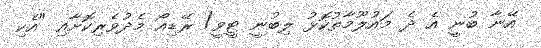
އޭނާ ބުނީ އެ ދެ މައުލޫމާތުކޮޅު ލިބުނީ ޓީވީ/ ރޭޑިއޯ މެދުވެރިކޮށާއި "އެކި